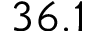
3 6 . 1